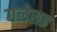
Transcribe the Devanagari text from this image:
गलेसत्र